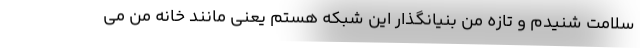
سلامت شنیدم و تازه من بنیانگذار این شبکه هستم یعنی مانند خانه من می